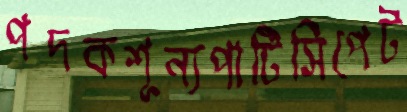
পদকশূন্যপার্টিসিপেট